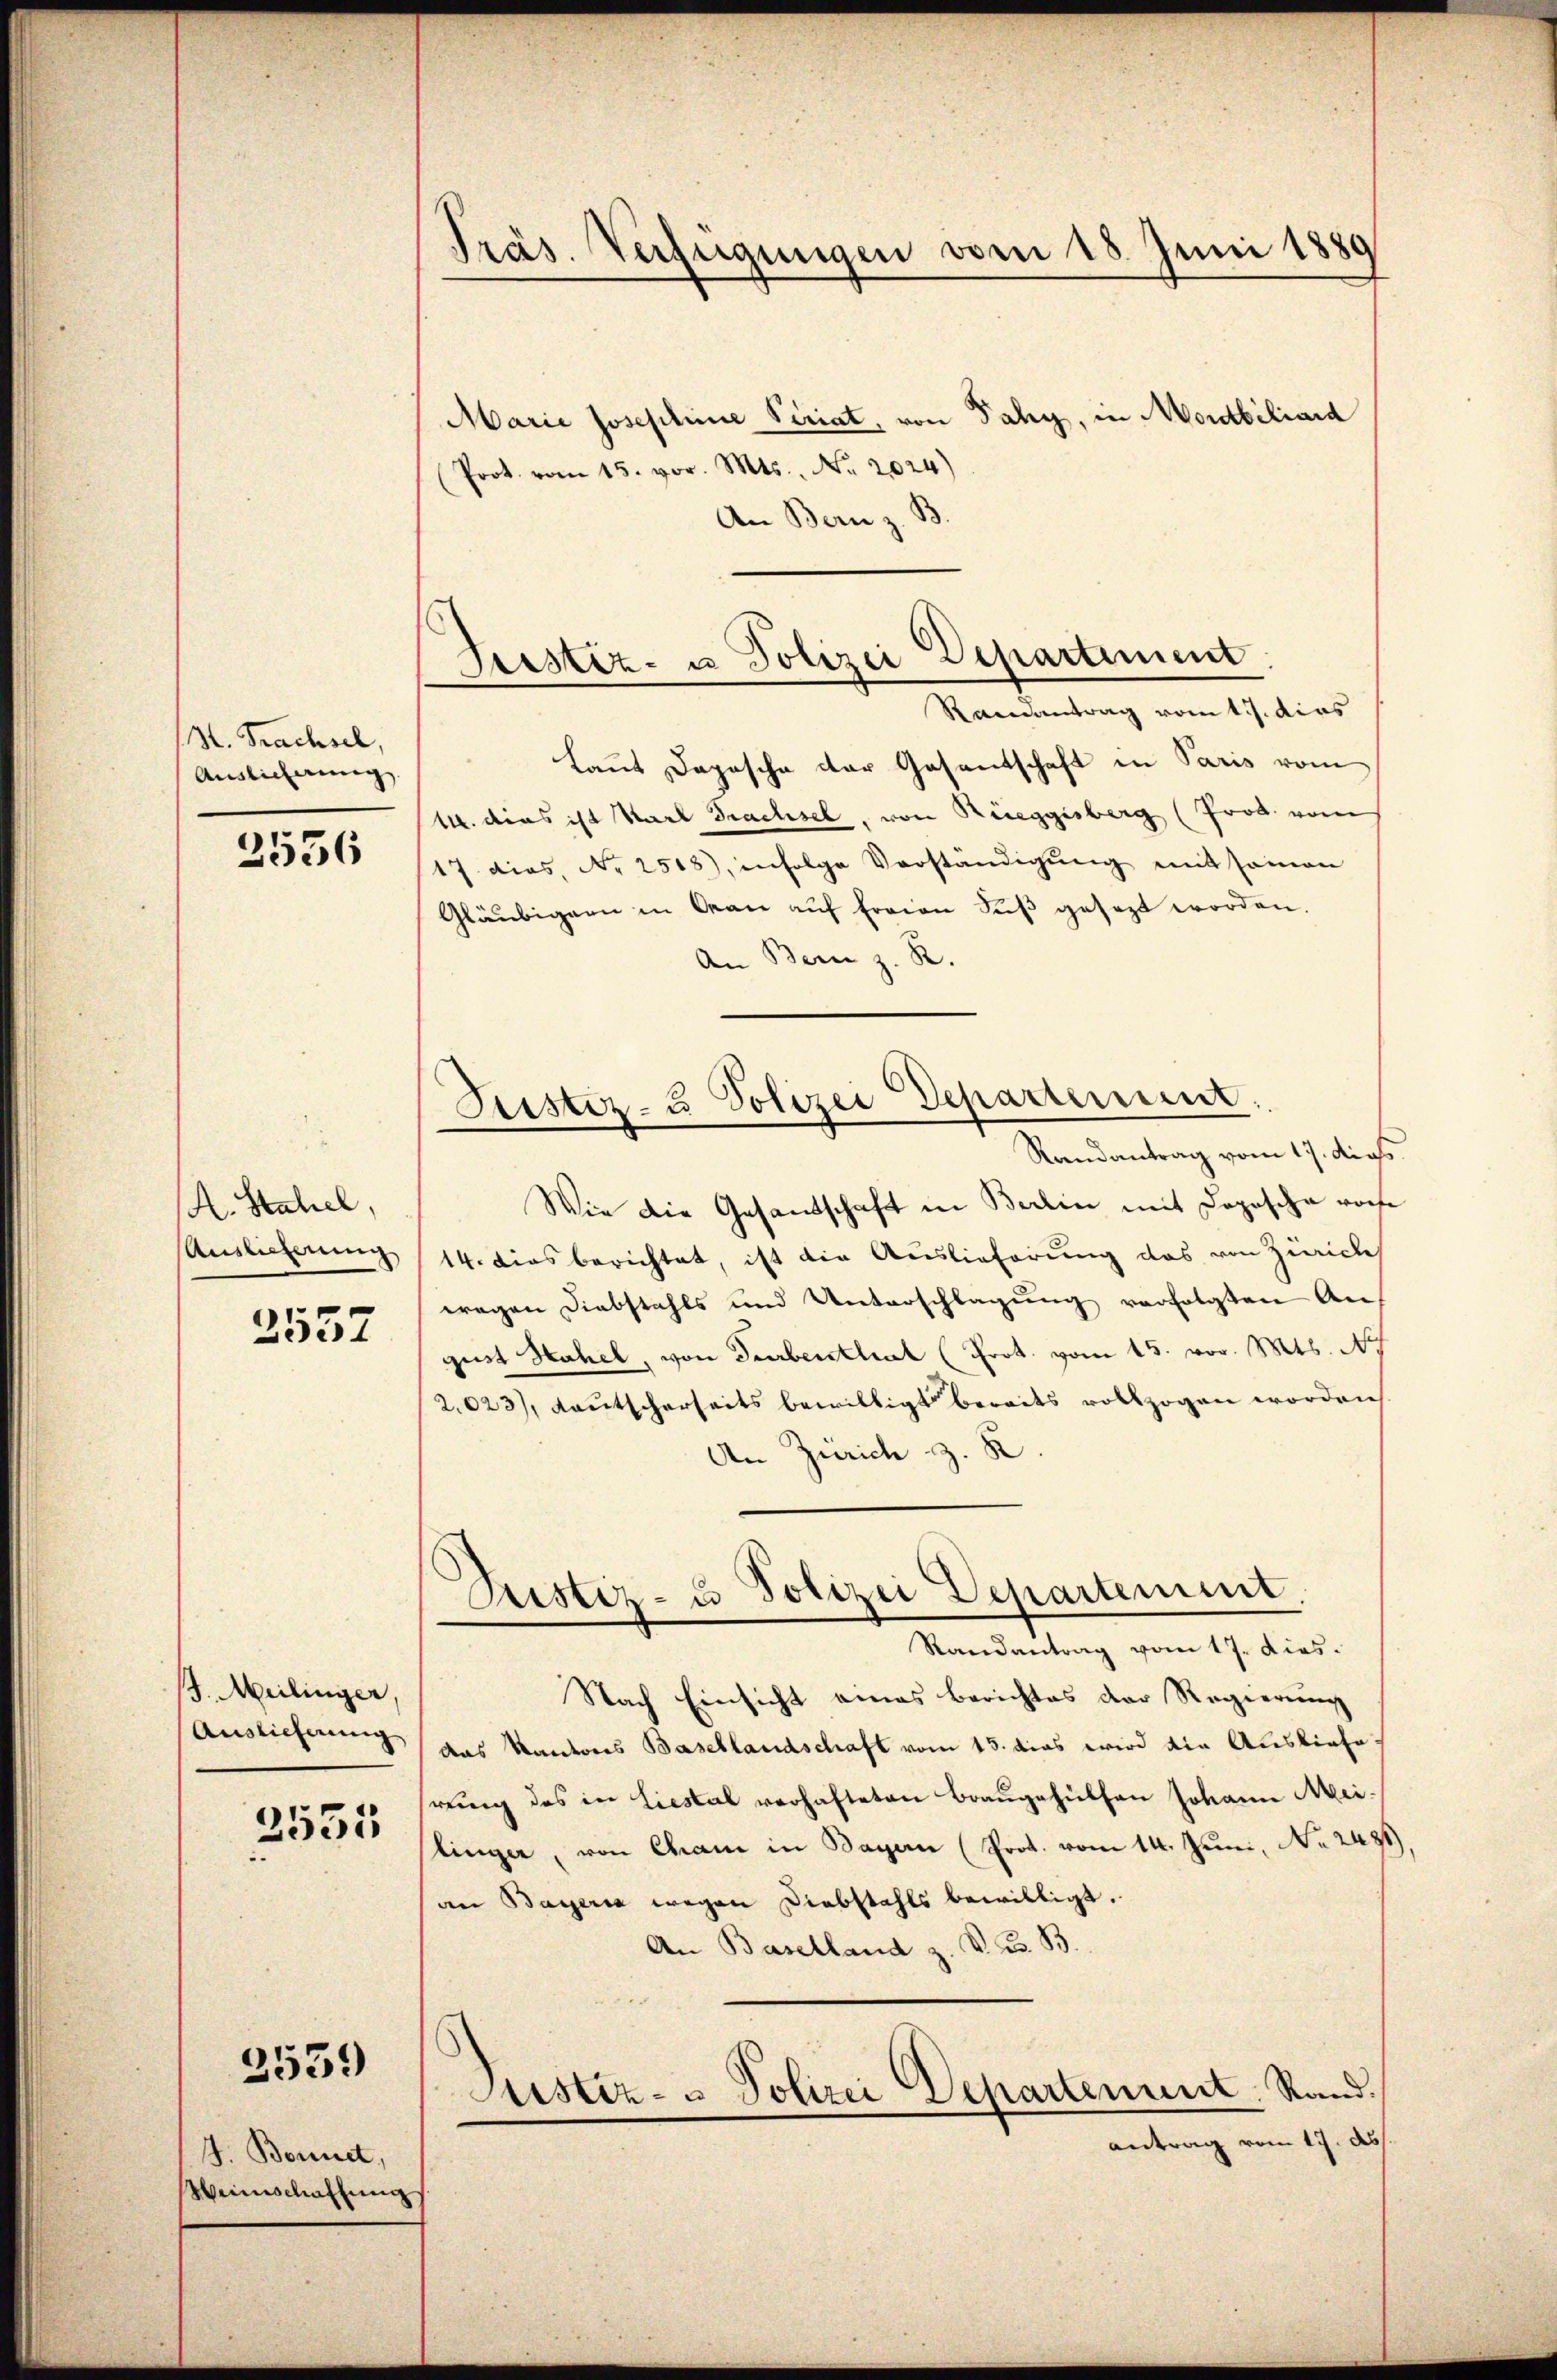
H. Prachsel,
Auslieferung

2556

K. Stahel,
Auslieferung

2557

/J. Meilinger,
Auslieferung

2551

3559)

H. Bonnet,
Weinschaftung

Präs. Verfügungen vom 18. Juni 1889

Marie Josephine Seriat, von Fahy, in Mobiliard
Prot. vom 15. vor. Mts., Nr. 2024)
An Bern z. B
Ramantrag vom 1. J. dies
Laut Depesche der Gasantschaft in Paris vom
1. dies ist Karl Brachsel, von Rüeggisberg (Prod. vom
17. dies, No 2518), infolge Vorständigŭng mitsamen
Gläubigern in Man auf freien Fuß gesezt worden.
An Bern z. R.
Randantrag vom 17. dies
Wie die Gesandschaft in Berlin mit Depesche vorhe
14. dies berichtet, ist die Auslieferung das von Zürich
wegen Diebstahls und Unterschlagung verfolgten Auf
gust Hahel, von Turbenthal (Prot. vom 15. vor. Mts. N
2,023), Kautscherseits bewilligt bereits vollzogen worden
An Zürich z. R.
Dristiz- u Polizei Departement.
Randantrag vom 17. dies.
Nach Einsicht eines Berichtes der Regierung
das Kantons Basellandschaft vom 15. das wird die Ausliefehrŭng des in Liestal verhafteten Braŭgehülfen Johann Mei-
linger, von Cham in Bagen (Prot. vom 14. Juni, No 2481
an Bayeria wegen Diebstahls bewilligt.
An Baselland z. V. B. B.
Justiz- u Polizei Departement. Rand.
antrag vom 17. ds

Justiz- u Polizei Departement.

Grestiz- u Polizei Departement